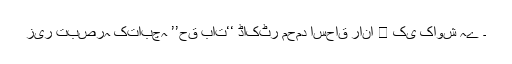
زیر تبصرہ کتابچہ ’’حق بات‘‘ ڈاکٹر محمد اسحاق رانا ﷫ کی کاوش ہے ۔